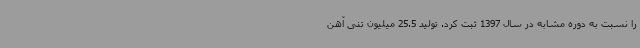
را نسبت به دوره مشابه در سال 1397 ثبت کرد. تولید 25.5 میلیون تنی آهن